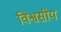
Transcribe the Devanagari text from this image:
विश्वसीय